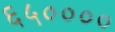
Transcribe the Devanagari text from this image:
६५००००